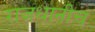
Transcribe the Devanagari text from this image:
राजधानीच